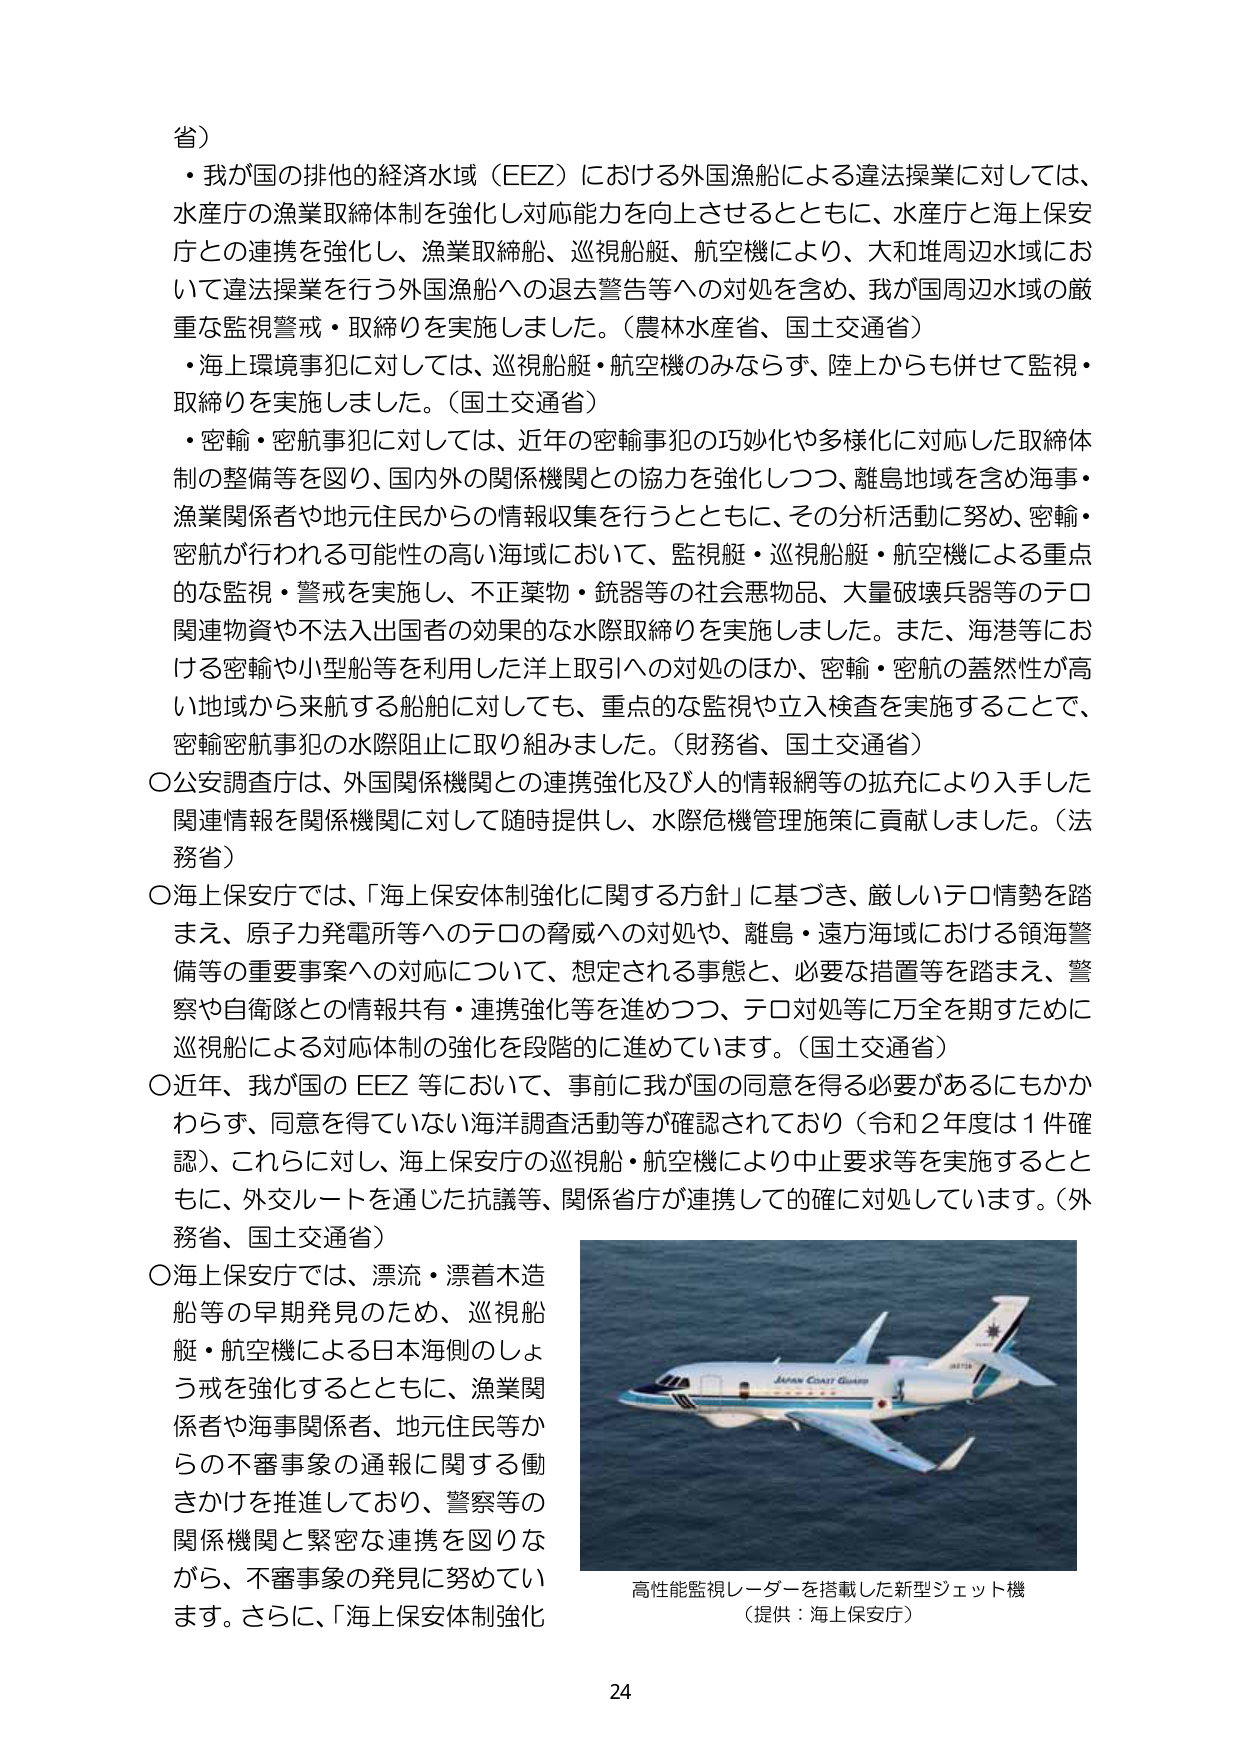
省）
・我が国の排他的経済水域（EEZ）における外国漁船による違法操業に対しては、
水産庁の漁業取締体制を強化し対応能力を向上させるとともに、水産庁と海上保安
庁との連携を強化し、漁業取締船、巡視船艇、航空機により、大和堆周辺水域にお
いて違法操業を行う外国漁船への退去警告等への対処を含め、我が国周辺水域の厳
重な監視警戒・取締りを実施しました。（農林水産省、国土交通省）
・海上環境事犯に対しては、巡視船艇・航空機のみならず、陸上からも併せて監視・
取締りを実施しました。（国土交通省）
・密輸・密航事犯に対しては、近年の密輸事犯の巧妙化や多様化に対応した取締体
制の整備等を図り、国内外の関係機関との協力を強化しつつ、離島地域を含め海事・
漁業関係者や地元住民からの情報収集を行うとともに、その分析活動に努め、密輸・
密航が行われる可能性の高い海域において、監視艇・巡視船艇・航空機による重点
的な監視・警戒を実施し、不正薬物・銃器等の社会悪物品、大量破壊兵器等のテロ
関連物資や不法入出国者の効果的な水際取締りを実施しました。また、海港等にお
ける密輸や小型船等を利用した洋上取引への対処のほか、密輸・密航の蓋然性が高
い地域から来航する船舶に対しても、重点的な監視や立入検査を実施することで、
密輸密航事犯の水際阻止に取り組みました。（財務省、国土交通省）
○公安調査庁は、外国関係機関との連携強化及び人的情報網等の拡充により入手した
関連情報を関係機関に対して随時提供し、水際危機管理施策に貢献しました。（法
務省）
○海上保安庁では、「海上保安体制強化に関する方針」に基づき、厳しいテロ情勢を踏
まえ、原子力発電所等へのテロの脅威への対処や、離島・遠方海域における領海警
備等の重要事案への対応について、想定される事態と、必要な措置等を踏まえ、警
察や自衛隊との情報共有・連携強化等を進めつつ、テロ対処等に万全を期すために
巡視船による対応体制の強化を段階的に進めています。（国土交通省）
○近年、我が国の EEZ 等において、事前に我が国の同意を得る必要があるにもかか
わらず、同意を得ていない海洋調査活動等が確認されており（令和２年度は１件確
認）、これに対し、海上保安庁の巡視船・航空機により中止要求等を実施するとと
もに、外交ルートを通じた抗議等、関係省庁が連携して的確に対処しています。（外
務省、国土交通省）
○海上保安庁では、漂流・漂着木造
船等の早期発見のため、巡視船
艇・航空機による日本海側のしょ
う戒を強化するとともに、漁業関
係者や海事関係者、地元住民等か
らの不審事象の通報に関する働
きかけを推進しており、警察等の
関係機関と緊密な連携を図りな
がら、不審事象の発見に努めてい
ます。さらに、「海上保安体制強化

高性能監視レーダーを搭載した新型ジェット機
（提供：海上保安庁）

24